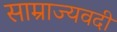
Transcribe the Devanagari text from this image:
साम्राज्यवदी